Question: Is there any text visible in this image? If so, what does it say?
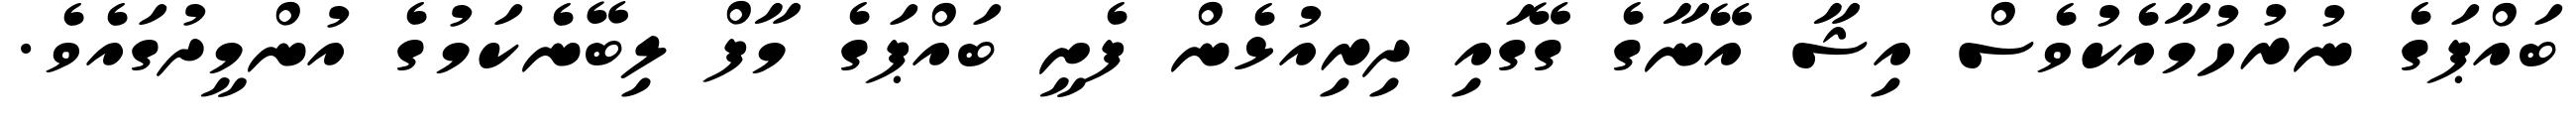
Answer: ބައްޕަގެ ނުރުހުމާއެކުވެސް އިޝާ އޭނާގެ ގޭގައި ދިރިއުޅެން ފެށީ ބައްޕަގެ މާފް ލިބޭނެކަމުގެ އުންމީދުގައެވެ.